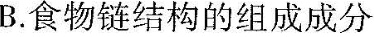
B. 食物链结构的组成成分